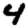
Digit: 4